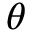
\theta